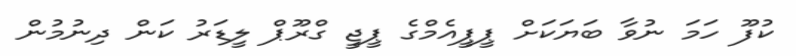
ކުފޫ ހަމަ ނުވާ ބަޔަކަށް ޕީޕީއެމްގެ ޕީޖީ ގްރޫޕް ލީޑަރު ކަން ދިނުމުން